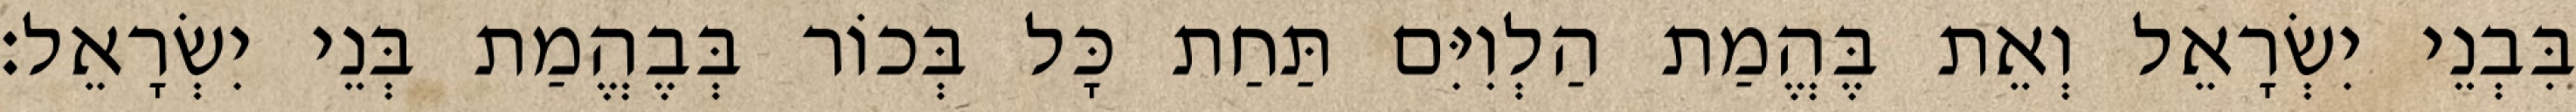
בִּבְנֵי יִשְׂרָאֵל וְאֵת בֶּהֱמַת הַלְוִיִּם תַּחַת כָּל בְּכוֹר בְּבֶהֱמַת בְּנֵי יִשְׂרָאֵל׃